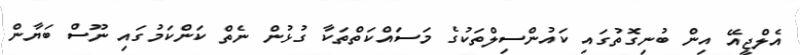
އެލްޖީއޭ އިން ބުނިގޮތުގައި ކައުންސިލްތަކުގެ މަސައްކަތްތަކާ ގުޅުން ނެތް ކަންކަމުގައި ނޫސް ބަޔާން